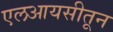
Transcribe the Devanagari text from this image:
एलआयसीतून